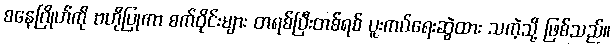
စနေဂြိုဟ်ကို ဗဟိုပြုကာ စက်ဝိုင်းများ တရစ်ပြီးတစ်ရစ် ပူးကပ်ရေးဆွဲထား သကဲ့သို့ ဖြစ်သည်။